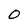
Character: O